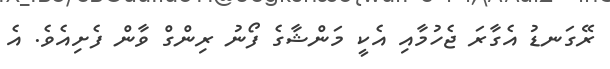
ރޭގަނޑު އެގާރަ ޖެހުމާއި އެކީ މަންޝާގެ ފޯނު ރިންގް ވާން ފެށިއެވެ. އެ